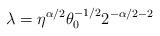
LaTeX: \begin{align*}\lambda = \eta^{\alpha/2} \theta_{0}^{-1/2} 2^{-\alpha/2 - 2}\end{align*}